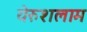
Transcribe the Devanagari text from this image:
येरुशलाम